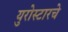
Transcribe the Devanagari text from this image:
युरोस्टारचे